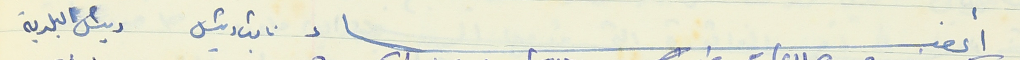
أعضاء نائب رئيس رئيس البلدية